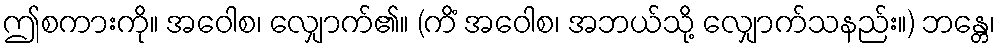
ဤစကားကို။ အဝေါစ၊ လျှောက်၏။ (ကိံ အဝေါစ၊ အဘယ်သို့ လျှောက်သနည်း။) ဘန္တေ၊